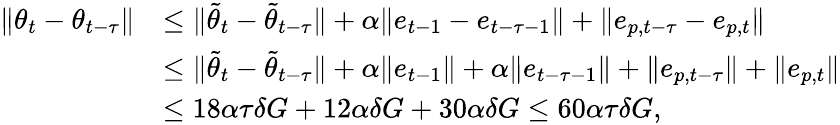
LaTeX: \begin{array}{rl}{\Vert{\theta}_{t}-{\theta}_{t-\tau}\Vert}&{\leq\Vert\tilde{\theta}_{t}-\tilde{\theta}_{t-\tau}\Vert+\alpha\Vert e_{t-1}-e_{t-\tau-1}\Vert+\Vert e_{p,t-\tau}-e_{p,t}\Vert}\\ &{\leq\Vert\tilde{\theta}_{t}-\tilde{\theta}_{t-\tau}\Vert+\alpha\Vert e_{t-1}\Vert+\alpha\Vert e_{t-\tau-1}\Vert+\Vert e_{p,t-\tau}\Vert+\Vert e_{p,t}\Vert}\\ &{\leq 18\alpha\tau\delta G+12\alpha\delta G+30\alpha\delta G\leq 60\alpha\tau\delta G,}\end{array}